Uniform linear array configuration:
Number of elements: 48
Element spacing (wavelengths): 1
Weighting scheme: hamming
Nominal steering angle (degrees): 15
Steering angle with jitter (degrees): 15.44
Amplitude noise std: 0.05
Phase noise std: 0.05

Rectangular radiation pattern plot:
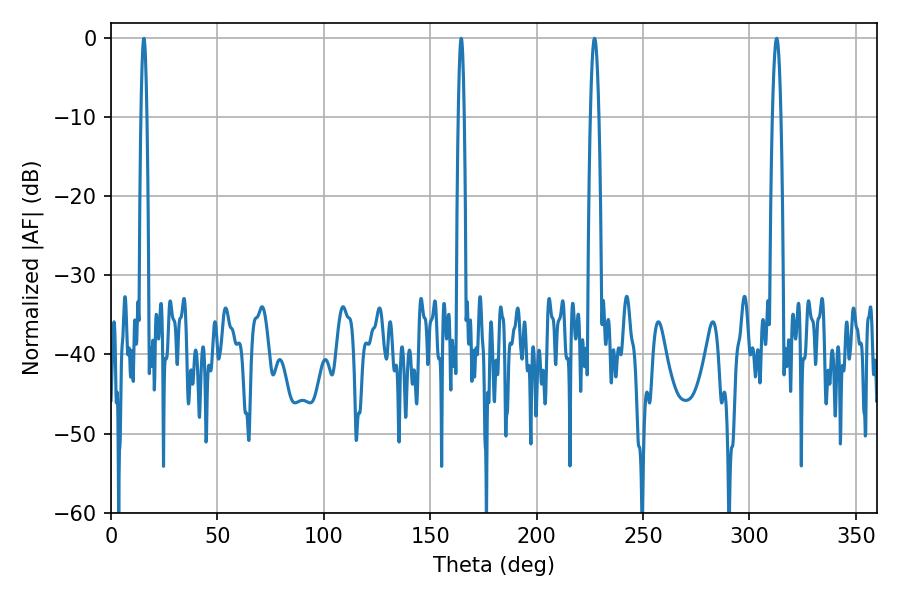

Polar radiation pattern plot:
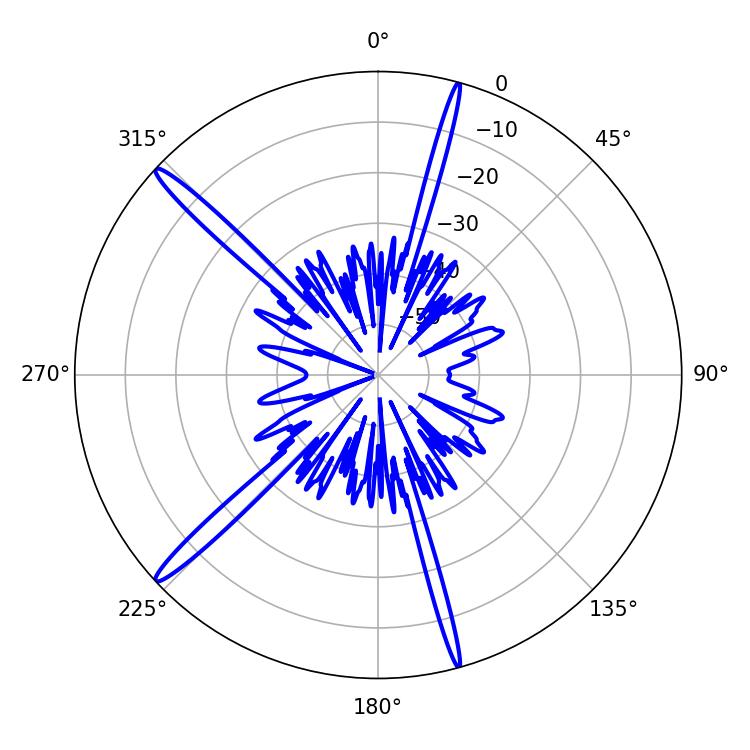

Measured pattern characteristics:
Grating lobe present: TRUE
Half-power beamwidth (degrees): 2.16
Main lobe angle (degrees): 227.16